Insane asylums in Bengal annual reports 1876-1887 - 1876-1887
Year: 1876
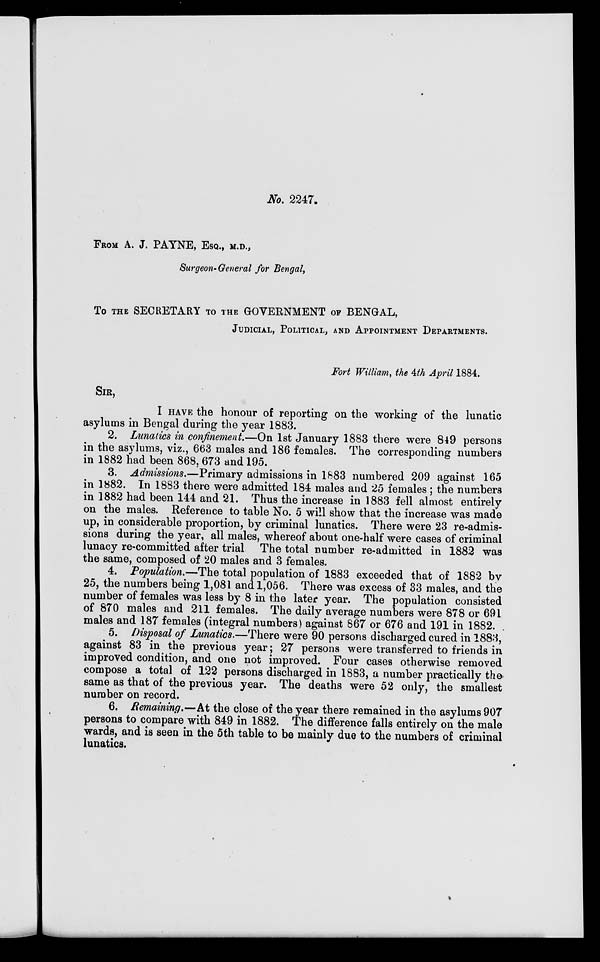
No. 2247.
FROM A. J. PAYNE, ESQ., M.D.,
Surgeon-General for Bengal,
To THE SECRETARY TO THE GOVERNMENT OF BENGAL,
JUDICIAL, POLITICAL, AND APPOINTMENT DEPARTMENTS.
Fort William, the 4th April 1884.
SIR,
I HAVE the honour of reporting on the working of the lunatic
asylums in Bengal during the year 1883.
2. Lunatics in confinement.—On 1st January 1883 there were 849 persons
in the asylums, viz., 663 males and 186 females. The corresponding numbers
in 1882 had been 868, 673 and 195.
3. Admissions.—Primary admissions in 1883 numbered 209 against 165
in 1882. In 1883 there were admitted 184 males and 25 females; the numbers
in 1882 had been 144 and 21. Thus the increase in 1883 fell almost entirely
on the males. Reference to table No. 5 will show that the increase was made
up, in considerable proportion, by criminal lunatics. There were 23 re-admis-
sions during the year, all males, whereof about one-half were cases of criminal
lunacy re-committed after trial The total number re-admitted in 1882 was
the same, composed of 20 males and 3 females.
4. Population.—The total population of 1883 exceeded that of 1882 by
25, the numbers being 1,081 and 1,056. There was excess of 33 males, and the
number of females was less by 8 in the later year. The population consisted
of 870 males and 211 females. The daily average numbers were 878 or 691
males and 187 females (integral numbers) against 867 or 676 and 191 in 1882.
5. Disposal of Lunatics.—There were 90 persons discharged cured in 1883,
against 83 in the previous year; 27 persons were transferred to friends in
improved condition, and one not improved. Four cases otherwise removed
compose a total of 122 persons discharged in 1883, a number practically the
same as that of the previous year. The deaths were 52 only, the smallest
number on record.
6. Remaining.—At the close of the year there remained in the asylums 907
persons to compare with 849 in 1882. The difference falls entirely on the male
wards, and is seen in the 5th table to be mainly due to the numbers of criminal
lunatics.